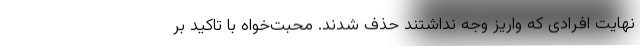
نهایت افرادی که واریز وجه نداشتند حذف شدند. محبت‌خواه با تاکید بر